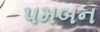
પમબન